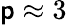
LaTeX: \mathsf{p}\approx3